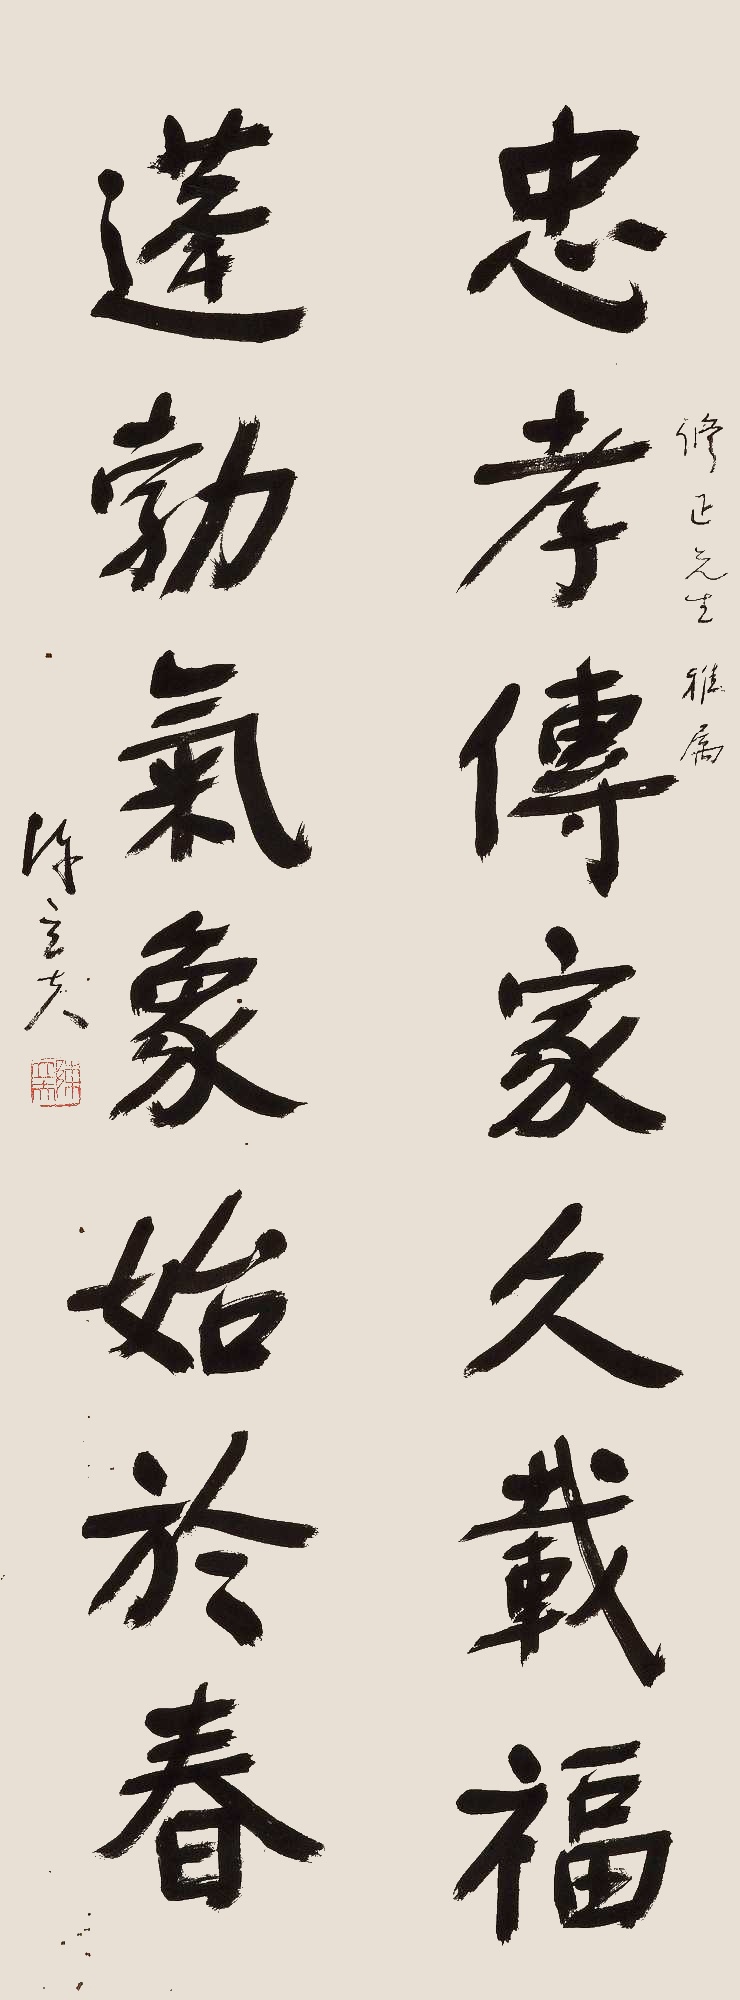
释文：忠孝传家久载福，蓬勃气象始于春。修正先生雅属。陈立夫。